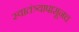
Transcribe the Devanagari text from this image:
स्वातंत्र्यापासूनच